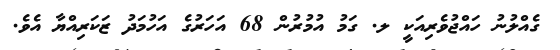
ގެއްލުނު ހައްޖުވެރިއަކީ ލ. ގަމު އުމުރުން 68 އަހަރުގެ އަހުމަދު ޒަކަރިއްޔާ އެވެ.